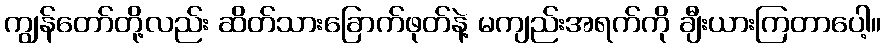
ကျွန်တော်တို့လည်း ဆိတ်သားခြောက်ဖုတ်နဲ့ မကျည်းအရက်ကို ချီးယားကြတာပေါ့။